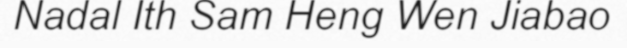
Nadal Ith Sam Heng Wen Jiabao